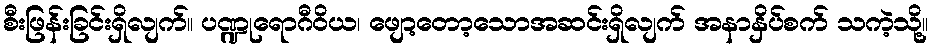
စီးဖြန်းခြင်းရှိလျက်။ ပဏ္ဍုရောဂီဝိယ၊ ဖျော့တော့သောအဆင်းရှိလျက် အနာနှိပ်စက် သကဲ့သို့။